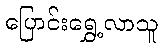
ပြောင်းရွှေ့လာသူ